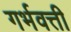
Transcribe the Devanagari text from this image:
गर्भवत्ती